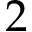
2